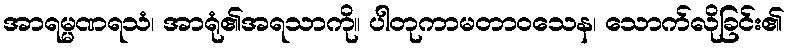
အာရမ္မဏရသံ၊ အာရုံ၏အရသာကို။ ပါတုကာမတာဝသေန၊ သောက်လိုခြင်း၏